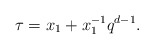
\begin{align*} \tau = x_1 + x_1^{-1} q^{d-1}.\end{align*}